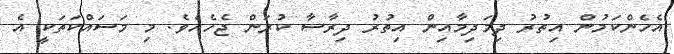
އެހެންކަމުން އިތުރު ދިމަދިމާއިން އިތުރު ދިރާސާ ކުރަން ޖެހެއެވެ. މި މަސައްކަތަކީ އެ